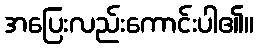
အပြေးလည်းကောင်းပါ၏။